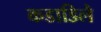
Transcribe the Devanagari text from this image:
कडाडिले